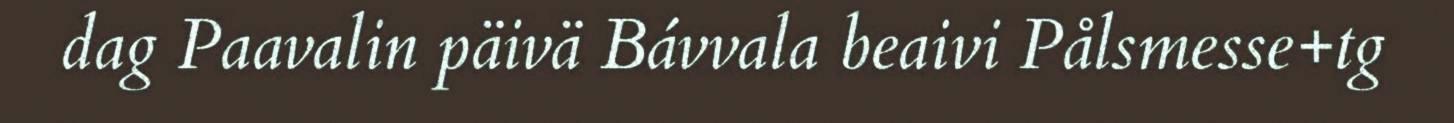
dag Paavalin päivä Bávvala beaivi Pålsmesse+tg